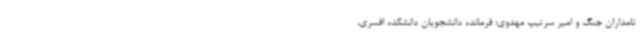
نامداران جنگ و امیر سرتیپ مهدوی؛ فرمانده دانشجویان دانشکده افسری،